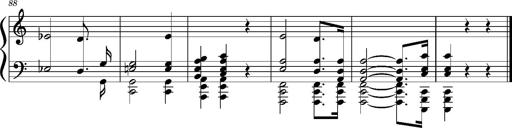
Title: PrÃ©ludes et Harmonies poÃ©tiques et religieuses
Composer: Franz Liszt